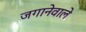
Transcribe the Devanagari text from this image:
जगानेवाले